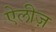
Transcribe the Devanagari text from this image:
ऐलीज़